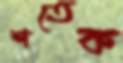
শতেক